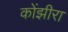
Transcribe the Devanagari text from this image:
कोंझीरा